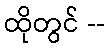
ထိုတွင် --